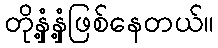
တိုနှံ့နှံ့ဖြစ်နေတယ်။